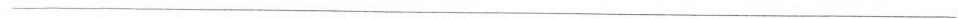
___